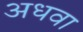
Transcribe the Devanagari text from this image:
अधवा